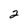
Character: 2